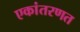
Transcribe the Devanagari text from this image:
एकांतरणत